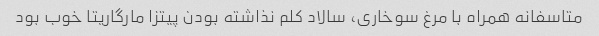
متاسفانه همراه با مرغ سوخاری، سالاد کلم نذاشته بودن پیتزا مارگاریتا خوب بود